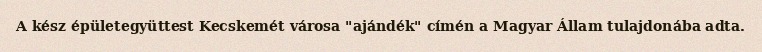
A kész épületegyüttest Kecskemét városa "ajándék" címén a Magyar Állam tulajdonába adta.